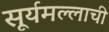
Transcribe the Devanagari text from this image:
सूर्यमल्लाची